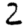
Digit: 2